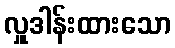
လှူဒါန်းထားသော